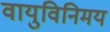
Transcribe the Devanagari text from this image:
वायुविनिमय